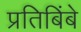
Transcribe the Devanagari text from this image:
प्रतिबिंबे